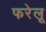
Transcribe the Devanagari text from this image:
फरेलू